Report of the Indian Hemp Drugs Commission, 1894-1895 - Volume I
Year: 1894
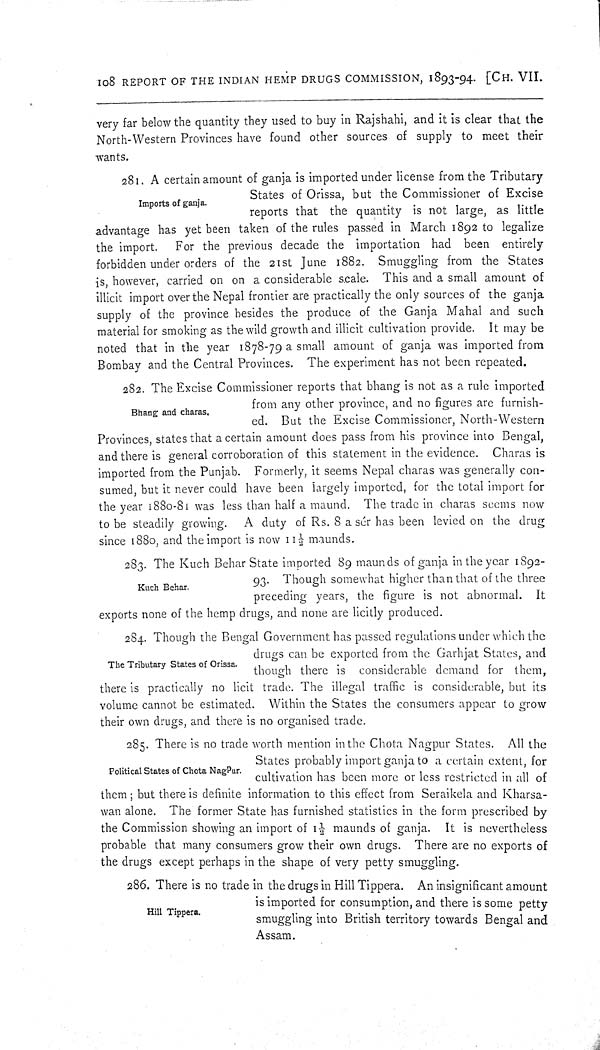
108 REPORT OF THE INDIAN HEMP DRUGS COMMISSION, 1893-94. [CH. VII.
very far below the quantity they used to buy in Rajshahi, and it is clear that the
North-Western Provinces have found other sources of supply to meet their
wants.
Imports of ganja.
281. A certain amount of ganja is imported under license from the Tributary
States of Orissa, but the Commissioner of Excise
reports that the quantity is not large, as little
advantage has yet been taken of the rules passed in March 1892 to legalize
the import.
For the previous decade the importation had been entirely
forbidden under orders of the 21st June 1882. Smuggling from the States
is, however, carried on on a considerable scale. This and a small amount of
illicit import over the Nepal frontier are practically the only sources of the ganja
supply of the province besides the produce of the Ganja Mahal and such
material for smoking as the wild growth and illicit cultivation provide. It may be
noted that in the year 1878-79 a small amount of ganja was imported from
Bombay and the Central Provinces. The experiment has not been repeated.
Bhang and charas.
282. The Excise Commissioner reports that bhang is not as a rule imported
from any other province, and no figures are furnish-
ed. But the Excise Commissioner, North-Western
Provinces, states that a certain amount does pass from his province into Bengal,
and there is general corroboration of this statement in the evidence. Charas is
imported from the Punjab. Formerly, it seems Nepal charas was generally con-
sumed, but it never could have been largely imported, for the total import for
the year 1880-81 was less than half a maund. The trade in charas seems now
to be steadily growing.
A duty of Rs. 8 a sér has been levied on the drug
since 1880, and the import is now 11½ maunds.
Kuch Behar.
283. The Kuch Behar State imported 89 maunds of ganja in the year 1892-
93. Though somewhat higher than that of the three
preceding years, the figure is not abnormal. It
exports none of the hemp drugs, and none are licitly produced.
The Tributary States of Orissa.
284. Though the Bengal Government has passed regulations under which the
drugs can be exported from the Garhjat States, and
though there is considerable demand for them,
there is practically no licit trade. The illegal traffic is considerable, but its
volume cannot be estimated. Within the States the consumers appear to grow
their own drugs, and there is no organised trade.
Political States of Chota NagPur.
285. There is no trade worth mention in the Chota Nagpur States. All the
States probably import ganja to a certain extent, for
cultivation has been more or less restricted in all of
them; but there is definite information to this effect from Seraikela and Kharsa-
wan alone. The former State has furnished statistics in the form prescribed by
the Commission showing an import of 1½ maunds of ganja. It is nevertheless
probable that many consumers grow their own drugs. There are no exports of
the drugs except perhaps in the shape of very petty smuggling.
Hill Tippera.
286. There is no trade in the drugs in Hill Tippera. An insignificant amount
is imported for consumption, and there is some petty
smuggling into British territory towards Bengal and
Assam.